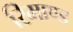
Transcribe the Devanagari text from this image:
रिमाण्ड